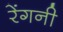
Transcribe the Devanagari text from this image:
रेंगनी